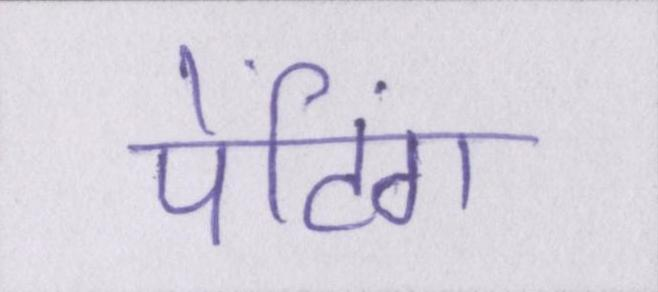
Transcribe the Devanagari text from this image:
पेंटिंग